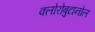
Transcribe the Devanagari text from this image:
क्लोरोबुटानोल